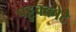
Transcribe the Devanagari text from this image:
पट्टुक्कोटै